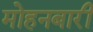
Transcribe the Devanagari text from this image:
मोहनबारी